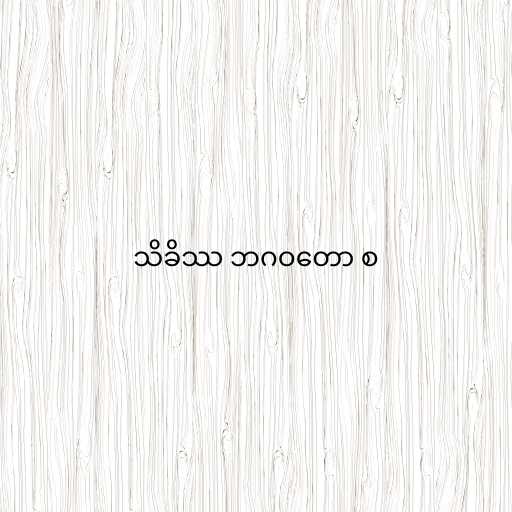
သိခိဿ ဘဂဝတော စ